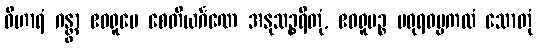
ဝိဟာရံ ဂန္တွာ ဧဝရူပေ စေတိယင်္ဂဏေ အနုသဉ္စရိတုံ, ဧဝရူပဉ္စ မဓုရဓမ္မကထံ သောတုံ